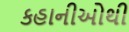
કહાનીઓથી